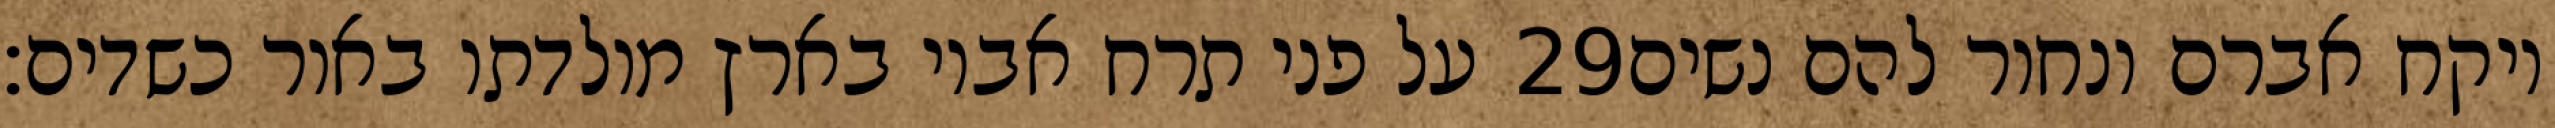
על פני תרח אביו בארץ מולדתו באור כשדים׃ ‎29‏ ויקח אברם ונחור להם נשים